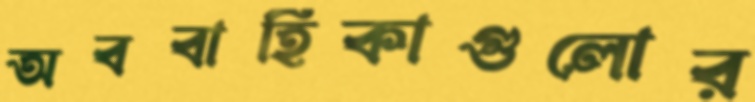
অববাহিকাগুলোর